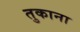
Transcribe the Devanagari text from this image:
तुकाना